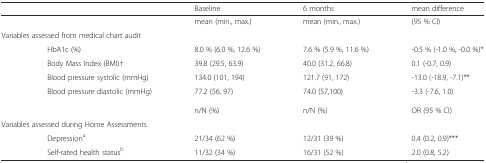
<table><thead><tr><td></td><td></td><td><b>Baseline</b></td><td><b>6 months</b></td><td><b>mean difference</b></td></tr></thead><tbody><tr><td colspan="2"></td><td>mean (min., max.)</td><td>mean (min., max.)</td><td>(95 % CI)</td></tr><tr><td colspan="3">Variables assessed from medical chart audit</td><td></td><td></td></tr><tr><td></td><td>HbA1c (%)</td><td>8.0 % (6.0 %, 12.6 %)</td><td>7.6 % (5.9 %, 11.6 %)</td><td>-0.5 % (-1.0 %, -0.0 %)*</td></tr><tr><td></td><td>Body Mass Index (BMI)†</td><td>39.8 (29.5, 63.9)</td><td>40.0 (31.2, 66.8)</td><td>0.1 (-0.7, 0.9)</td></tr><tr><td></td><td>Blood pressure systolic (mmHg)</td><td>134.0 (101, 194)</td><td>121.7 (91, 172)</td><td>-13.0 (-18.9, -7.1)**</td></tr><tr><td></td><td>Blood pressure diastolic (mmHg)</td><td>77.2 (56, 97)</td><td>74.0 (57,100)</td><td>-3.3 (-7.6, 1.0)</td></tr><tr><td></td><td></td><td>n/N (%)</td><td>n/N (%)</td><td>OR (95 % CI)</td></tr><tr><td colspan="3">Variables assessed during Home Assessments</td><td></td><td></td></tr><tr><td></td><td>Depression<sup>a</sup></td><td>21/34 (62 %)</td><td>12/31 (39 %)</td><td>0.4 (0.2, 0.9)***</td></tr><tr><td></td><td>Self-rated health status<sup>b</sup></td><td>11/32 (34 %)</td><td>16/31 (52 %)</td><td>2.0 (0.8, 5.2)</td></tr></tbody></table>